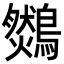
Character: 𪆈